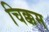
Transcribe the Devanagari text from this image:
चिक्कम